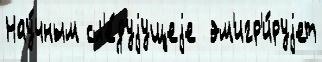
Нау́чным сл'е́дуjущеjе  эм'игр'и́руjет